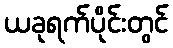
ယခုရက်ပိုင်းတွင်